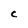
Character: C